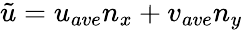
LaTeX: \tilde{u}=u_{ave}n_{x}+v_{ave}n_{y}